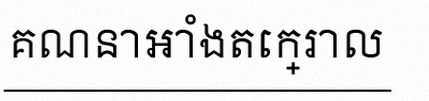
គណនាអាំងតេក្រាល